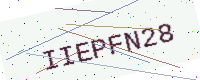
Text: IIEPFN28